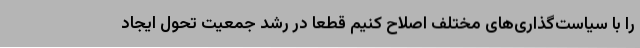
را با سیاست‌گذاری‌های مختلف اصلاح کنیم قطعاً در رشد جمعیت تحول ایجاد